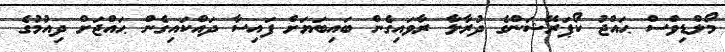
މޯލްޑިވްސް ޙައްޖު ކޯޕަރޭޝަންގެ ދުރާލާ ރާވައިގެން ބައިބަޔަށް ފައިސާ ދައްކައިގެން ޙައްޖަށް ދިއުމުގެ